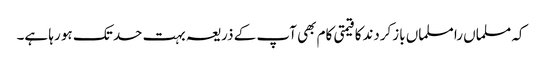
کہ مسلماں را مسلماں بازکردندکا قیمتی کام بھی آپ کے ذریعہ بہت حد تک ہو رہا ہے۔